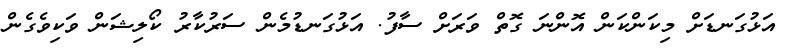
އަޅުގަނޑަށް މިކަންކަން އޮންނަ ގޮތް ވަރަށް ސާފު. އަޅުގަނޑުމެން ސަރުކާރު ކޯލިޝަން ވަކިވެގެން